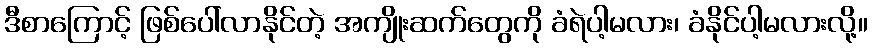
ဒီစာကြောင့် ဖြစ်ပေါ်လာနိုင်တဲ့ အကျိုးဆက်တွေကို ခံရဲပါ့မလား၊ ခံနိုင်ပါ့မလားလို့။